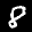
Label: 8